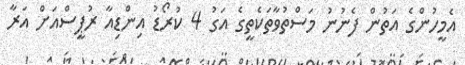
އެމީހުންގެ އަތުން ފެނުނު މަސްތުވާތަކެތީގެ އަގު 4 ކުރޯޑު އިންޑިއާ ރުޕީސްއަށް އަރާ